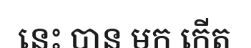
នេះ បាន មក កើត